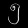
Digit: ၅